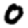
Digit: 0